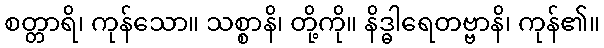
စတ္တာရိ၊ ကုန်သော။ သစ္စာနိ၊ တို့ကို။ နိဒ္ဓါရေတဗ္ဗာနိ၊ ကုန်၏။